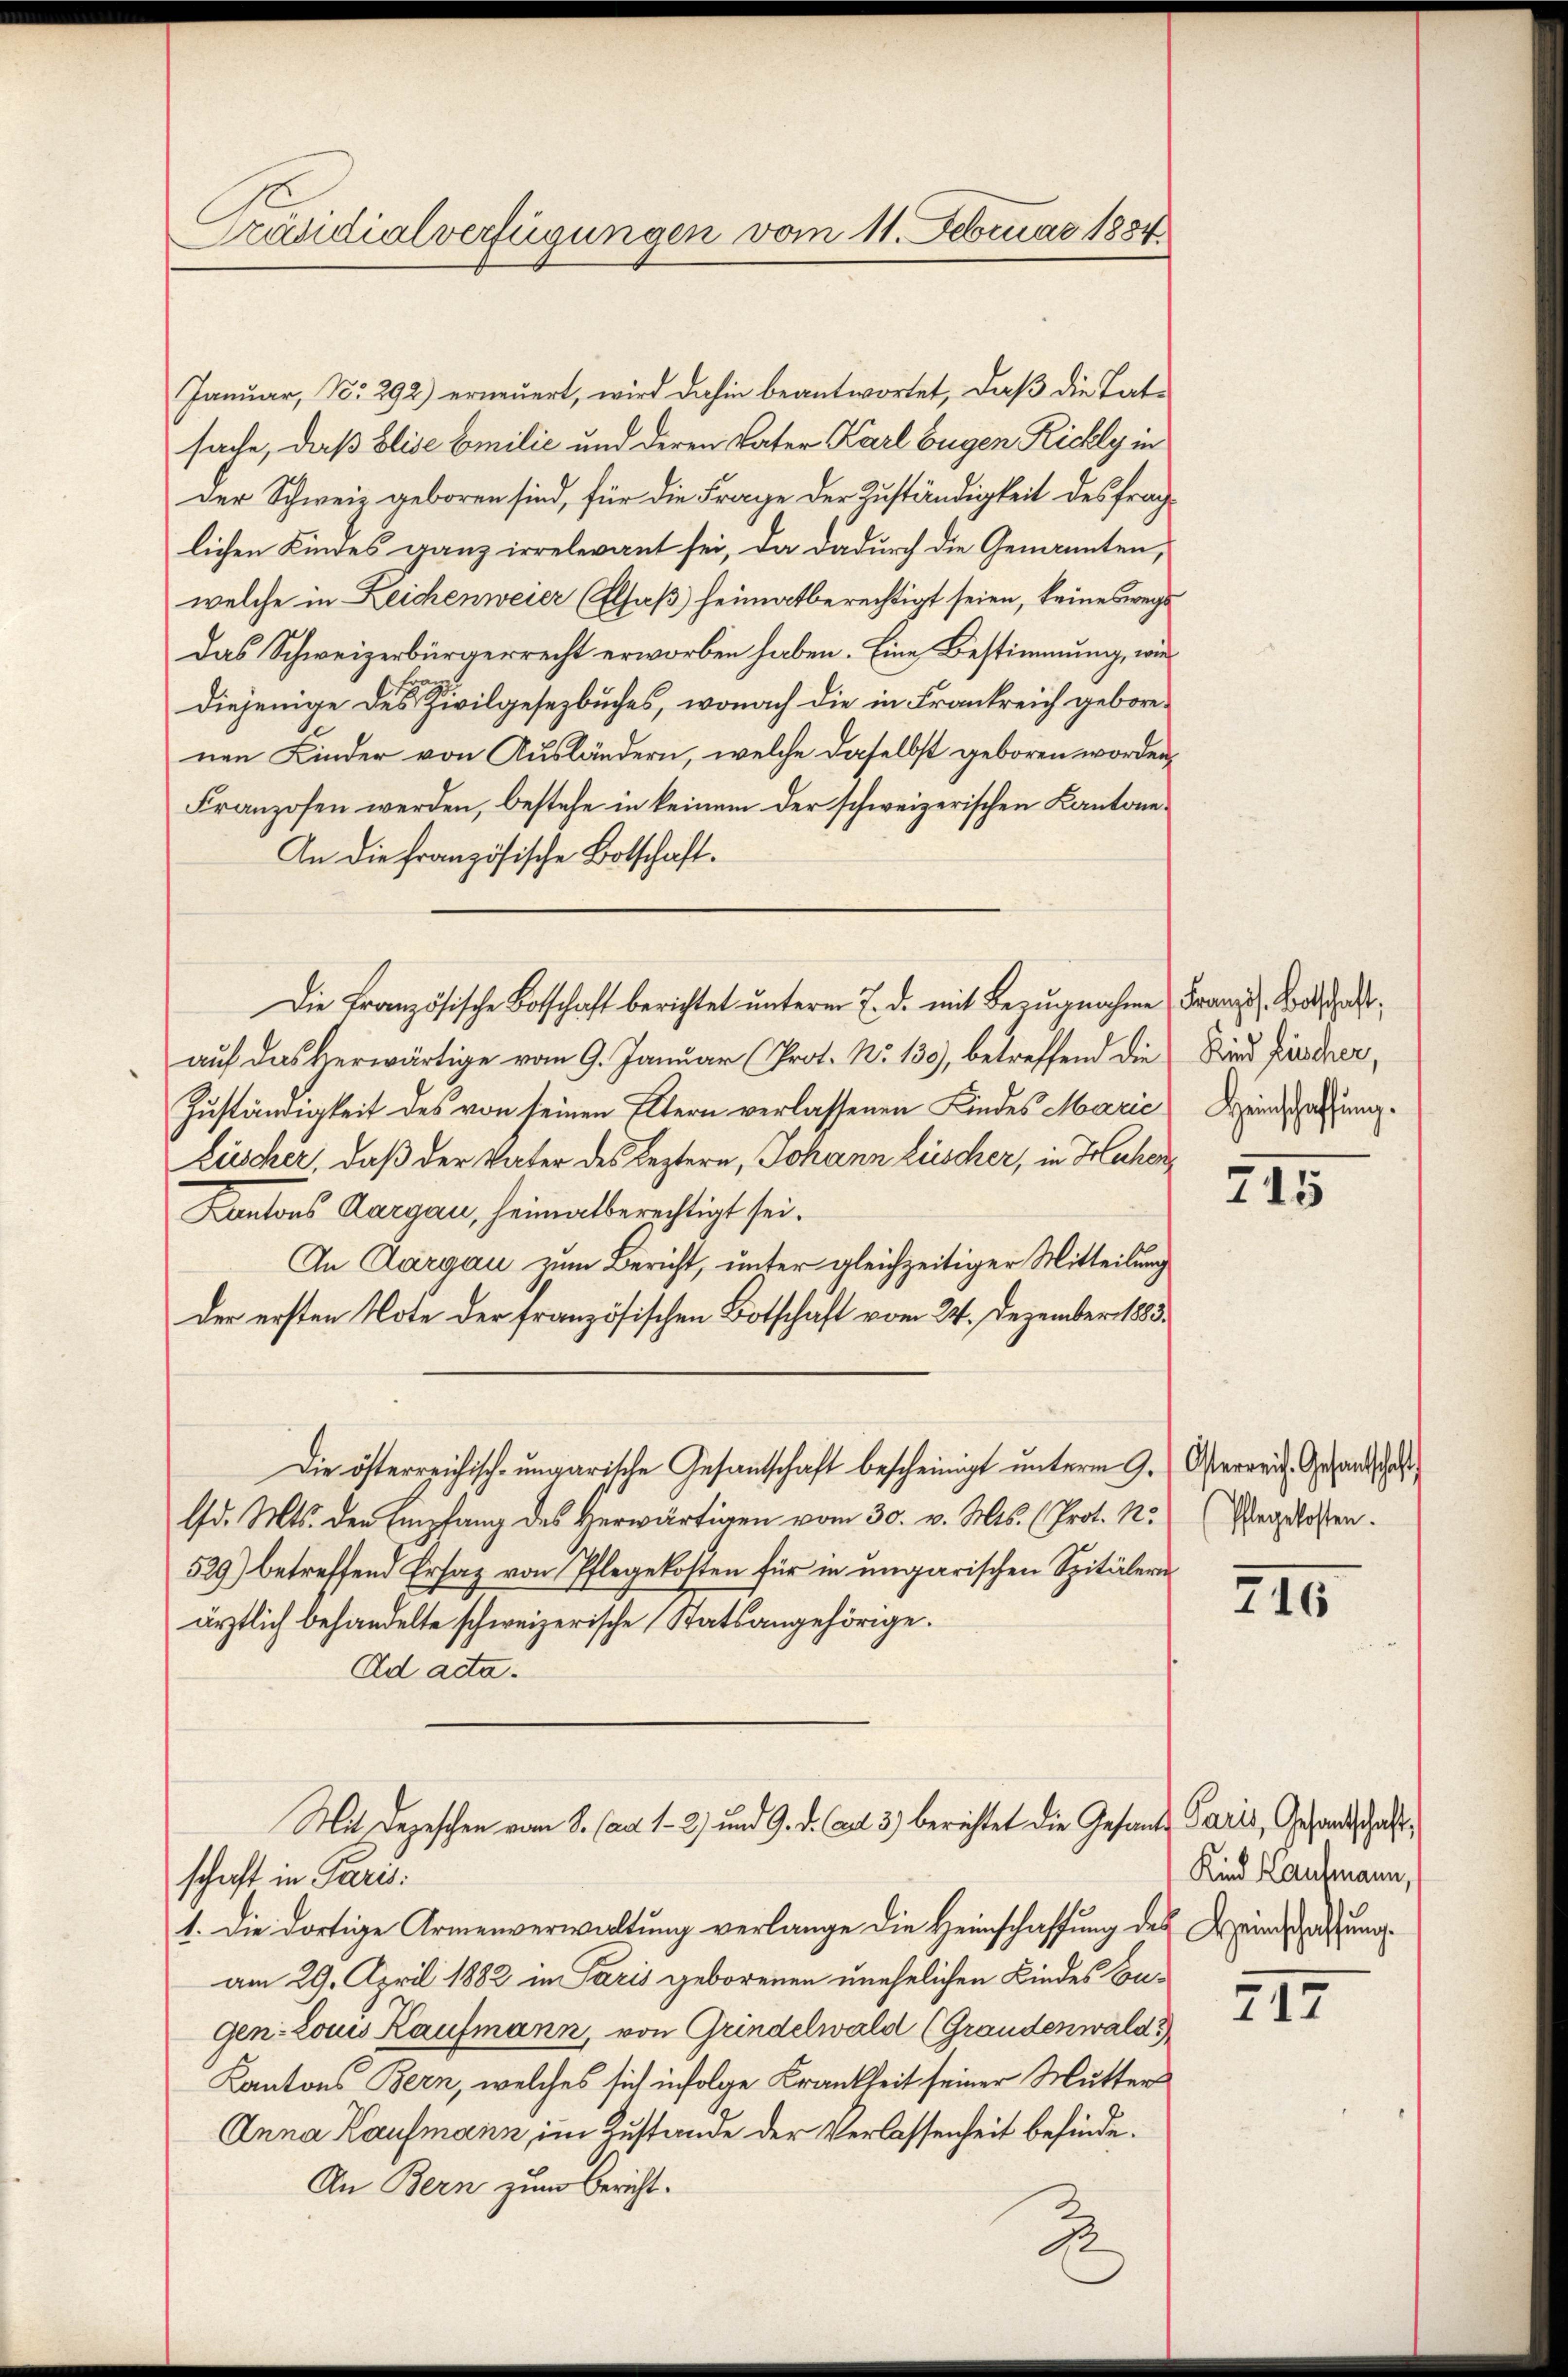
Präsidialverfügungen vom 11. Februar 1884

Janŭar, No. 292) erneŭert, wird dahin beantwortet, daβ die Tat-
sache, daß Elise Emilić und deren Vater Karl Eugen Richly in
Der Schweiz geboren sind, für die Frage der Zuständigkeit des frächlichen Kindes ganz irrelevant sei, da dadurch die Genannten,
welche in Zeichenweier (Elsaß) heimatberechtigt seien, keineswegs
Das Schweizerbürgerrecht erworben haben. Eine Bestimmung, wie
diejenige des Zivilgesetzbuches, wonach die in Frankreich geborenen Kinder von Ausländern, welche daselbst geboren worden
Franzosen werden, bestehe in keinem der schweizerischen Kantone
An die französische Botschaft.
Die Französische Botschaft berichtet ŭnterm 7. d. mit Bezŭgnahme Franz Botschaft,
auf das Verwärtige vom 9. Januar (Prot. No 130), betreffend die Kind frischer,
Zuständigkeit des von seinen Eltern verlassenen Kindes Marie Heinschaffung.
Lüscher, daß der Vater des Leztern, Johann Lüscher, in Hohen
Kantons Aargau, heimatberechtigt sei.
In Aargau zum Bericht, unter gleichzeitiger Mitteilung
der ersten Note der französischen Botschaft vom 24. Dezember 1885.
Die österreichisch-ungarische Gesandschaft bescheinigt unterm 9. Operaris Gesandschaft
Ed. Mts. der Empfang des Herwärtigen vom 30. v. Mts. (Prot. N.
529) betreffend Ersaz von Pflegekosten für in ungarischen Spitälern
ärztlich behandelte schweizerische Statsangehörige.
Ad acta.
Mit Depeschen vom 8. (art. 1 2) und 9. d. Art. 3) berichtet die Gesandte Paris, Gesandtschaftschaft in Paris.
1. Die dortige Armenverwaltung verlange die Heimschaffung des Windsatzung
am 29. April 1882 in Paris geborenen unehelichen Kindes Congen: Louis Kaufmann, von Grindelwald (Grandenwald
Kantons Bern, welches sich infolge Krankheit seiner Mutter
Anna Kaufmann, im Zustande der Verlassenheit befinde.
An Bern zum Bericht.

2

715

Pflegekosten.

2II

Kind Laufmann,

217